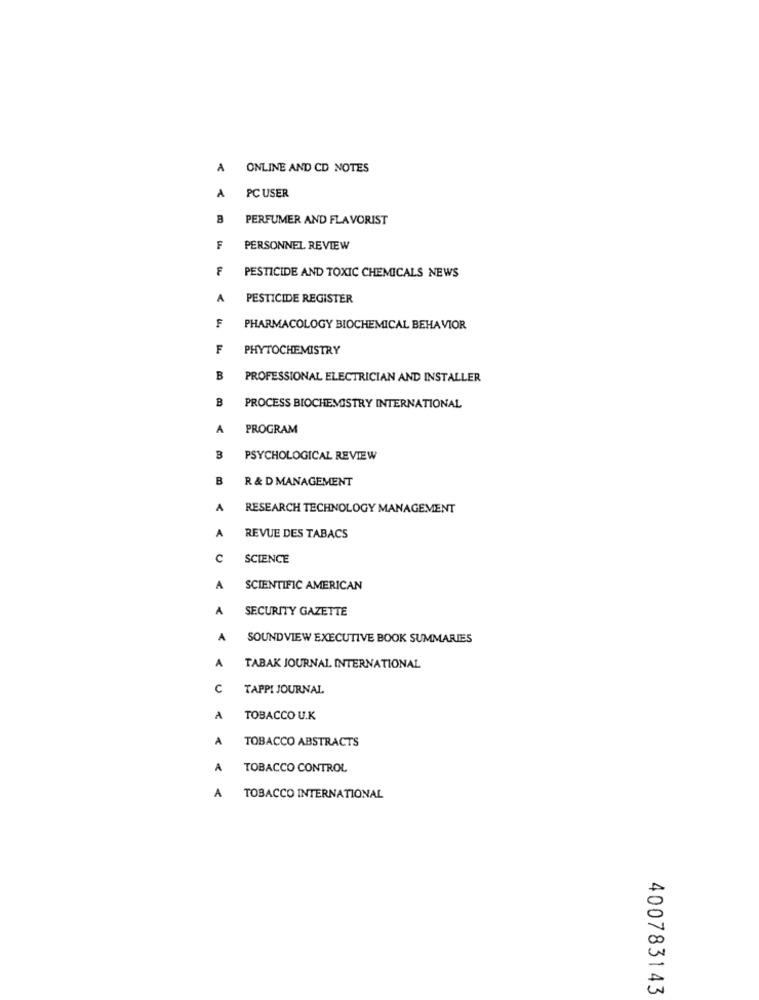
A
ONLINE AND CD NOTES
A
PC USER
B
PERFUMER AND FLAVORIST
F
PERSONNEL REVIEW
F
PESTICIDE AND TOXIC CHEMICALS NEWS
A
PESTICIDE REGISTER
F
PHARMACOLOGY BIOCHEMICAL BEHAVIOR
F
PHYTOCHEMISTRY
B
PROFESSIONAL ELECTRICIAN AND INSTALLER
B
PROCESS BIOCHEMISTRY INTERNATIONAL
A
PROGRAM
B
PSYCHOLOGICAL REVIEW
B
R & D MANAGEMENT
A
RESEARCH TECHNOLOGY MANAGEMENT
A
REVUE DES TABACS
C
SCIENCE
A
SCIENTIFIC AMERICAN
A
SECURITY GAZETTE
A
SOUNDVIEW EXECUTIVE BOOK SUMMARIES
A
TABAK JOURNAL INTERNATIONAL
C
TAPPI JOURNAL
A
TOBACCO U.K
A
TOBACCO ABSTRACTS
A
TOBACCO CONTROL
A
TOBACCO INTERNATIONAL
400783143